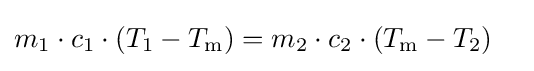
{\begin{aligned}m_{1}\cdot c_{1}\cdot (T_{1}-T_{\mathrm {m} })&=m_{2}\cdot c_{2}\cdot (T_{\mathrm {m} }-T_{2})\end{aligned}}